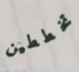
تخططين